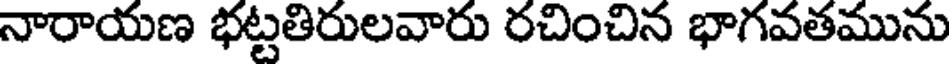
నారాయణ భట్టతిరులవారు రచించిన భాగవతమును